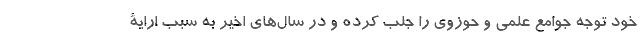
خود توجه جوامع علمی و حوزوی را جلب کرده و در سال‌های اخیر به سبب ارایۀ